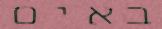
באים